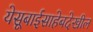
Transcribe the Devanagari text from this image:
येसूबाईसाहेबदेखील